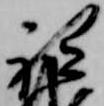
祗